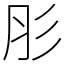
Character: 肜